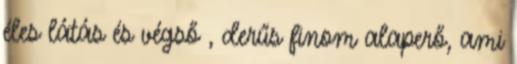
éles látás és végső , derűs finom alaperő, ami